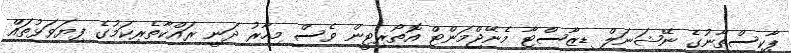
ޕާކިސްތާނުގެ ނޭޝަނަލް ޑިޒާސްޓާ މެނޭޖްމަންޓް އޮތޯރިޓީން ވެސް މިހާރު ދަނީ ރައްކާތެރިކަމުގެ ފިޔަވަޅުތައް